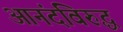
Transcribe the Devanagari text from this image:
आनंदविरुद्ध